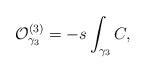
LaTeX: \begin{align*}{\cal O}^{(3)}_{\gamma_3}=-s\int_{\gamma_3}C,\end{align*}